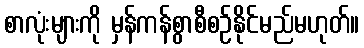
စာလုံးများကို မှန်ကန်စွာစီစဉ်နိုင်မည်မဟုတ်။